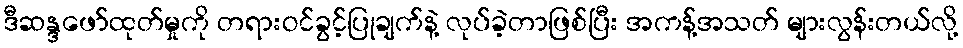
ဒီဆန္ဒဖော်ထုတ်မှုကို တရားဝင်ခွင့်ပြုချက်နဲ့ လုပ်ခဲ့တာဖြစ်ပြီး အကန့်အသတ် များလွန်းတယ်လို့